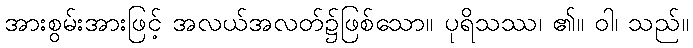
အားစွမ်းအားဖြင့် အလယ်အလတ်၌ဖြစ်သော။ ပုရိသဿ၊ ၏။ ဝါ၊ သည်။